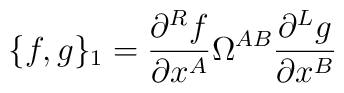
\{ f, g \}_1 = \frac{\partial ^R f}{\partial x^A} \Omega^{AB}            \frac{\partial  ^L g}{\partial x^B}